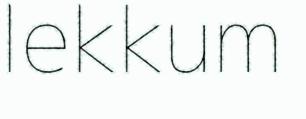
lekkum